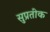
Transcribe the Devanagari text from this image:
सुप्रतीक